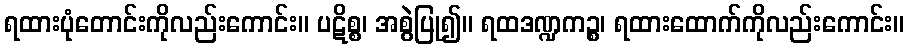
ရထားပုံတောင်းကိုလည်းကောင်း။ ပဋိစ္စ၊ အစွဲပြု၍။ ရထဒဏ္ဍကဉ္စ၊ ရထားထောက်ကိုလည်းကောင်း။